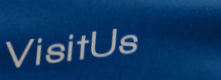
VisitUs